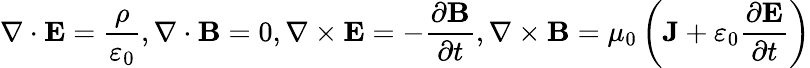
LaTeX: \nabla\cdot\mathbf{E}=\frac{\rho}{\varepsilon_{0}},\nabla\cdot\mathbf{B}=0,\nabla\times\mathbf{E}=-\frac{\partial\mathbf{B}}{\partial t},\nabla\times\mathbf{B}=\mu_{0}\left(\mathbf{J}+\varepsilon_{0}\frac{\partial\mathbf{E}}{\partial t}\right)